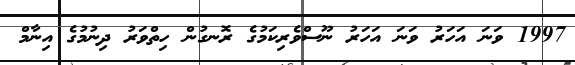
1997 ވަނަ އަހަރު ވަނަ އަހަރު ނޫސްވެރިކަމުގެ ރޮނގުން ހިތްވަރު ދިނުމުގެ އިނާމް